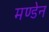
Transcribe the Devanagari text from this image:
मण्‍डेन